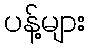
ပန့်များ